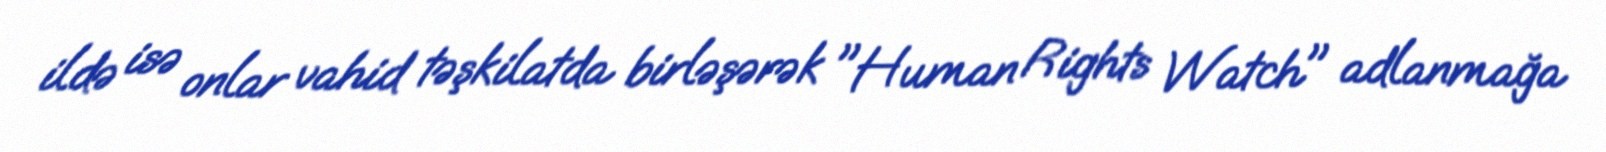
ildə isə onlar vahid təşkilatda birləşərək "Human Rights Watch" adlanmağa